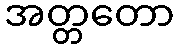
အတ္တတော